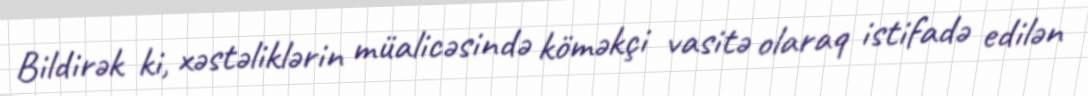
Bildirək ki, xəstəliklərin müalicəsində köməkçi vasitə olaraq istifadə edilən